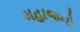
મહાજનો